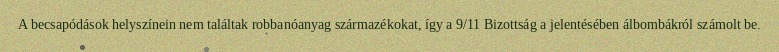
A becsapódások helyszínein nem találtak robbanóanyag származékokat, így a 9/11 Bizottság a jelentésében álbombákról számolt be.